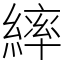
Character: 繂